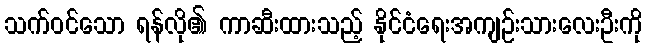
သက်ဝင်သော ရန်လို၏ ကာဆီးထားသည့် နိုင်ငံရေးအကျဉ်းသားလေးဦးကို